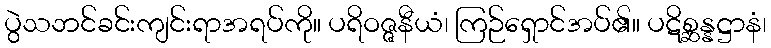
ပွဲသဘင်ခင်းကျင်းရာအရပ်ကို။ ပရိဝဇ္ဇနီယံ၊ ကြဉ်ရှောင်အပ်၏။ ပဋိစ္ဆန္နဋ္ဌာနံ၊